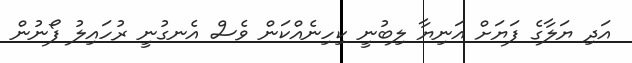
އަދި ޔަލާގެ ފަޔަށް އަނިޔާ ލިބުނީ ކިހިނެއްކަން ވެސް އެނގުނީ ރުހައިލު ފޯނުން